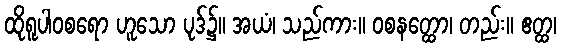
ထိုရူပါဝစရော ဟူသော ပုဒ်၌။ အယံ၊ သည်ကား။ ဝစနတ္ထော၊ တည်း။ ဧတ္ထ၊